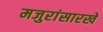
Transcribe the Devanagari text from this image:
मजुरांसारखे